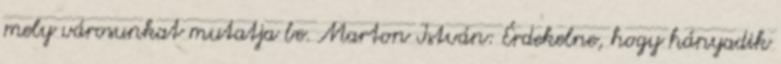
mely városunkat mutatja be. Marton István: Érdekelne, hogy hányadik